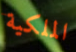
الملكية